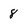
Character: 8